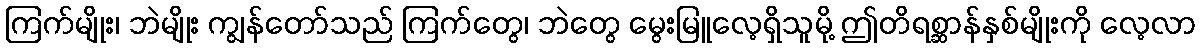
ကြက်မျိုး၊ ဘဲမျိုး ကျွန်တော်သည် ကြက်တွေ၊ ဘဲတွေ မွေးမြူလေ့ရှိသူမို့ ဤတိရစ္ဆာန်နှစ်မျိုးကို လေ့လာ